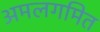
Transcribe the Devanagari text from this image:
अमलगमित